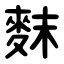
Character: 䴲